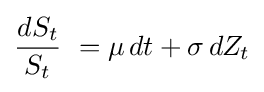
{\frac {dS_{t}}{S_{t}}}\ =\mu \,dt+\sigma \,dZ_{t}